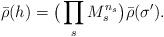
LaTeX: \begin{align*}\bar{\rho}(h) = \big( \prod_s M_s^{n_s} \big) \bar{\rho}(\sigma').\end{align*}